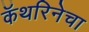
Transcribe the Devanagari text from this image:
कॅथरिनेचा